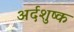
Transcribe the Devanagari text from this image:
अर्दशुष्क